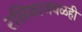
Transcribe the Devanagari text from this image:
रसिकाजवळही